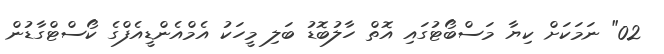
02" ނަމަކަށް ކިޔާ މަސްބޯޓުގައި އޮތް ހާލުބޮޑު ބަލި މީހަކު އެމްއެންޑީއެފްގެ ކޯސްޓްގާޑުން